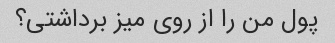
پول من را از روی میز برداشتی؟